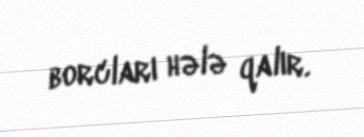
borcları hələ qalır.